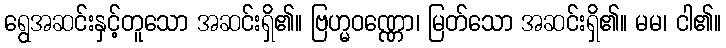
ရွေအဆင်းနှင့်တူသော အဆင်းရှိ၏။ ဗြဟ္မဝဏ္ဏော၊ မြတ်သော အဆင်းရှိ၏။ မမ၊ ငါ၏။